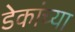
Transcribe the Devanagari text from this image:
डेकांच्या